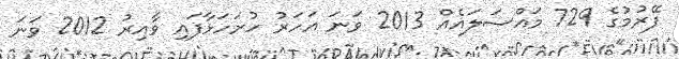
ފޭރުމުގެ 729 މައްސަލައެއް 2013 ވަނަ އަހަރު ހުށަހަޅާފައި ވާއިރު 2012 ވަނަ